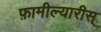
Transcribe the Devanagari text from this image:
फ़ामील्यारीस्